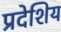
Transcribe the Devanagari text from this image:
प्रदेशिय